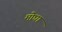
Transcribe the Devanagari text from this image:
मोघा